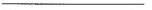
——————